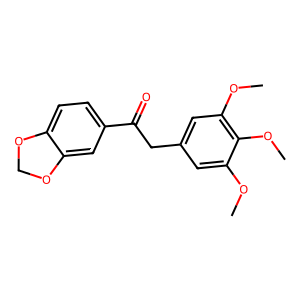
SMILES: COc1cc(CC(=O)c2ccc3c(c2)OCO3)cc(OC)c1OC
Inhibits HIV replication: No